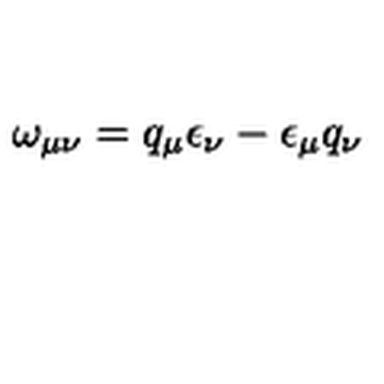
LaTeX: \omega _ { \mu \nu } = q _ { \mu } \epsilon _ { \nu } - \epsilon _ { \mu } q _ { \nu }